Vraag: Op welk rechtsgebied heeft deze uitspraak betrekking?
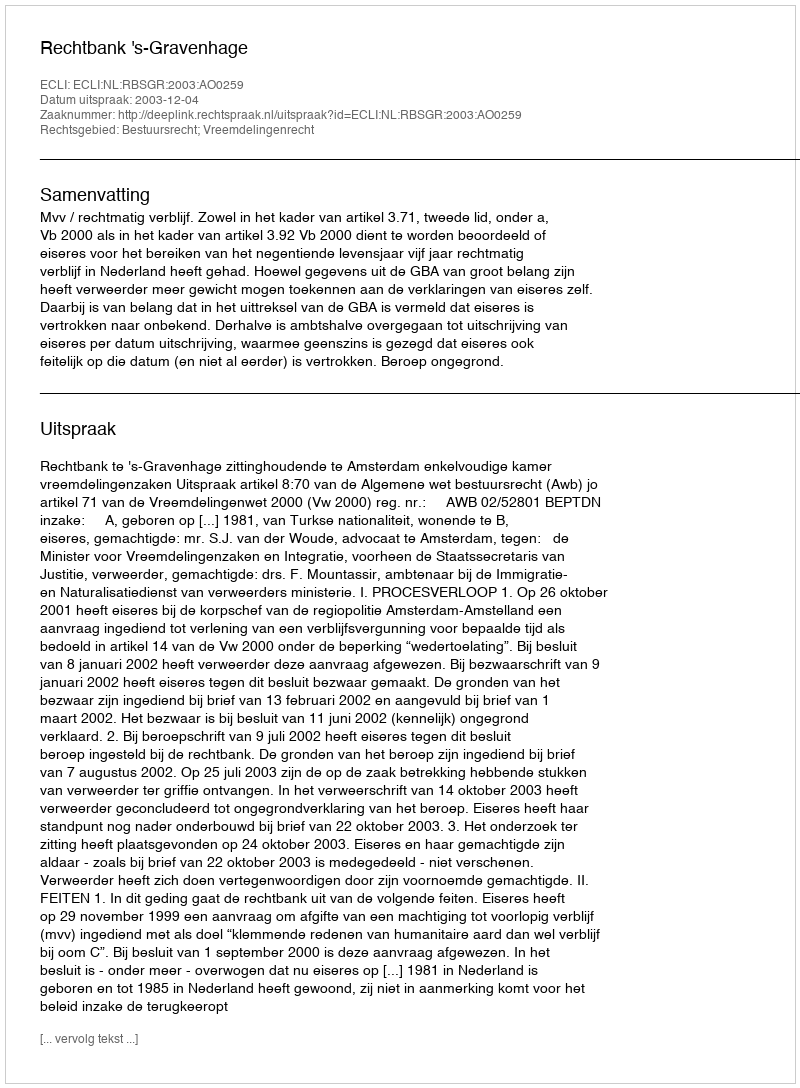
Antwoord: Bestuursrecht; Vreemdelingenrecht